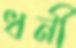
ধনী